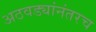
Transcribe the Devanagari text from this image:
अठवड्यांनंतरच